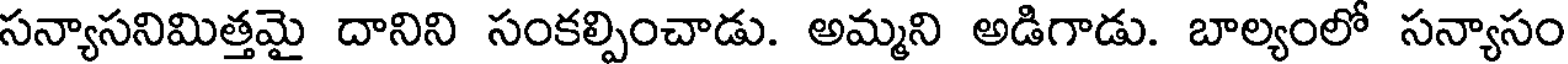
సన్యాసనిమిత్తమై దానిని సంకల్పించాడు. అమ్మని అడిగాడు. బాల్యంలో సన్యాసం